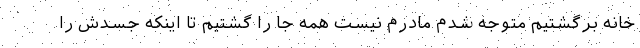
خانه برگشتیم متوجه شدم مادرم نیست همه جا را گشتیم تا اینکه جسدش را